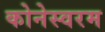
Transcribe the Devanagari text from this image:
कोनेस्वरम